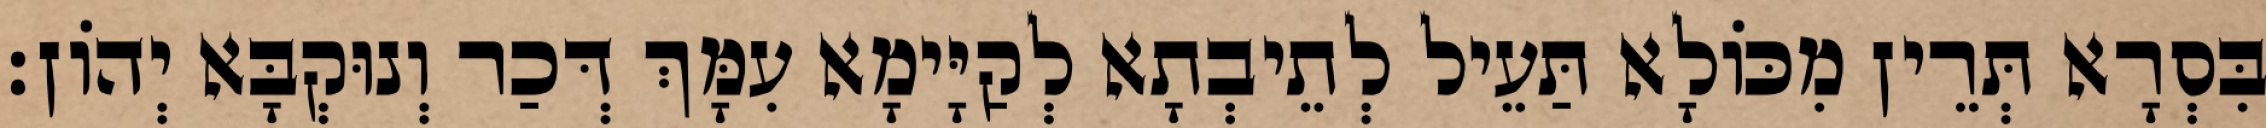
בִּסְרָא תְּרֵין מִכּוֹלָא תַּעֵיל לְתֵיבְתָא לְקַיָּימָא עִמָּךְ דְּכַר וְנוּקְבָּא יְהוֹן׃